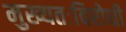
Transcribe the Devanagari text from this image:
मुख्यतःविरोधी